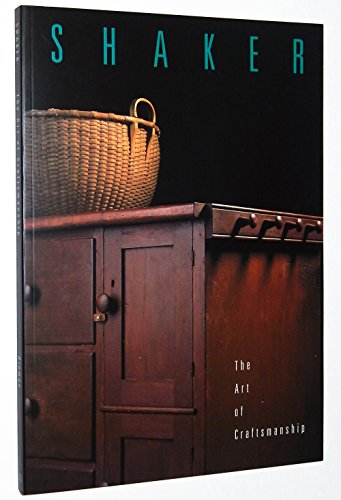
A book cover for Shaker: The Art of Craftsmanship - The Mount Lebanon Collection; Timothy D. Rieman; Travel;